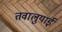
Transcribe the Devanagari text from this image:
तवालुयाई